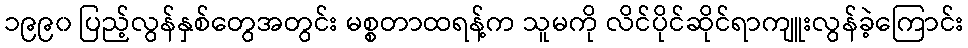
၁၉၉၀ ပြည့်လွန်နှစ်တွေအတွင်း မစ္စတာထရန့်က သူမကို လိင်ပိုင်ဆိုင်ရာကျူးလွန်ခဲ့ကြောင်း